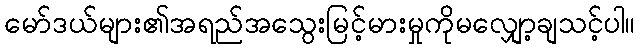
မော်ဒယ်များ၏အရည်အသွေးမြင့်မားမှုကိုမလျှော့ချသင့်ပါ။